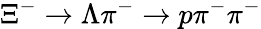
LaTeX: \Xi^{-}\to\Lambda\pi^{-}\to p\pi^{-}\pi^{-}